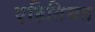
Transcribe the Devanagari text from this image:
एहितियत